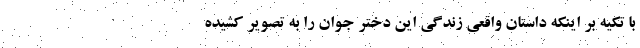
با تکیه بر اینکه داستان واقعی زندگی این دختر جوان را به تصویر کشیده